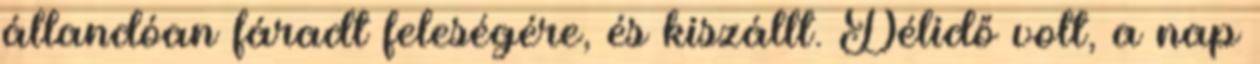
állandóan fáradt feleségére, és kiszállt. Délidő volt, a nap